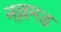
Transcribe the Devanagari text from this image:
नल्लमड